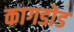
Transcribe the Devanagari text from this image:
कागडोड